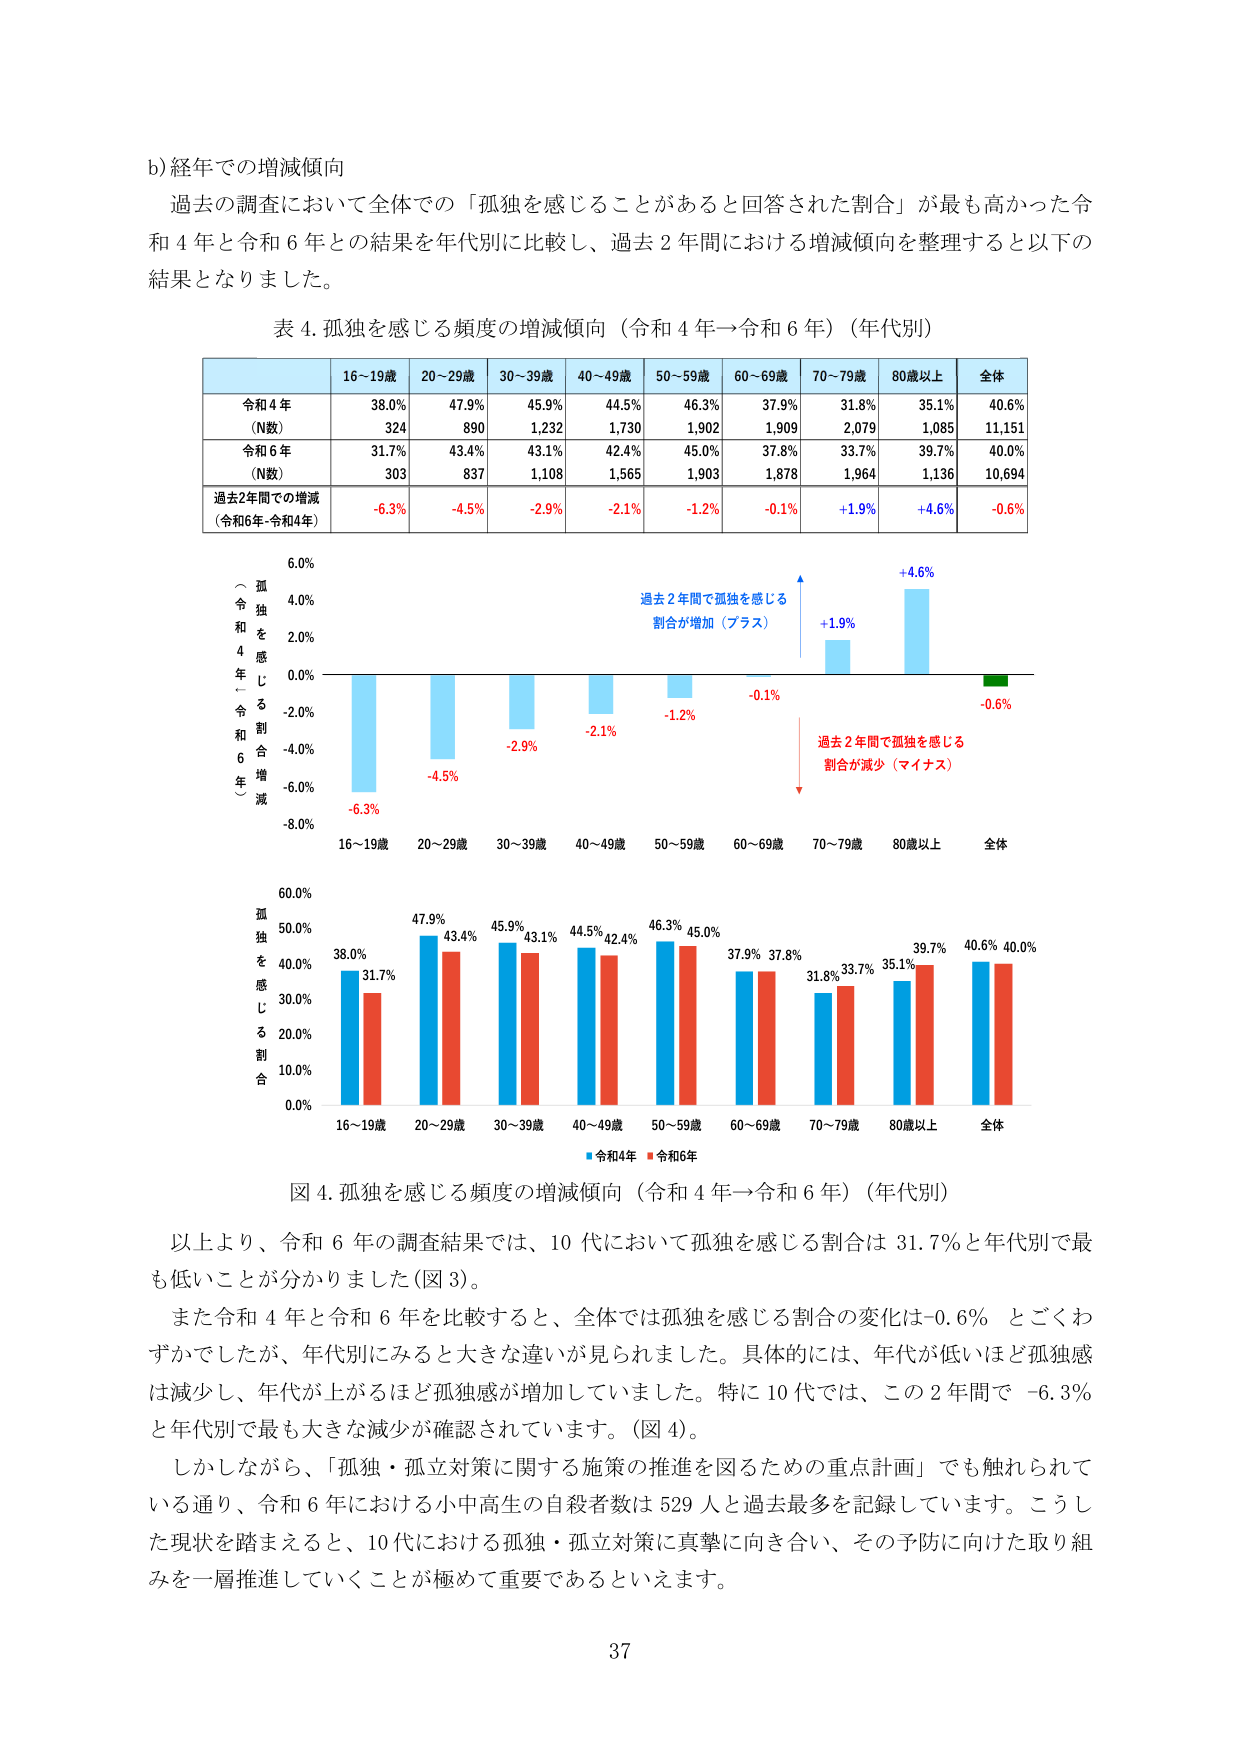
b) 経年での増減傾向
過去の調査において全体での「孤独を感じることがあると回答された割合」が最も高かった令和4年と令和6年との結果を年代別に比較し、過去2年間における増減傾向を整理すると以下の結果となりました。

表4. 孤独を感じる頻度の増減傾向（令和4年→令和6年）（年代別）

| | 16～19歳 | 20～29歳 | 30～39歳 | 40～49歳 | 50～59歳 | 60～69歳 | 70～79歳 | 80歳以上 | 全体 |
|---|---|---|---|---|---|---|---|---|---|
| 令和4年 (N数) | 38.0% 324 | 47.9% 890 | 45.9% 1,232 | 44.5% 1,730 | 46.3% 1,902 | 37.9% 1,909 | 31.8% 2,079 | 35.1% 1,085 | 40.6% 11,151 |
| 令和6年 (N数) | 31.7% 303 | 43.4% 837 | 43.1% 1,108 | 42.4% 1,565 | 45.0% 1,903 | 37.8% 1,878 | 33.7% 1,964 | 39.7% 1,136 | 40.0% 10,694 |
| 過去2年間での増減 (令和6年-令和4年) | -6.3% | -4.5% | -2.9% | -2.1% | -1.2% | -0.1% | +1.9% | +4.6% | -0.6% |

（孤独を感じる割合増減）
（令和4年→令和6年）

過去2年間で孤独を感じる割合が増加（プラス）
+4.6%
+1.9%
-0.6%
-0.1%
-1.2%
-2.1%
-2.9%
-4.5%
-6.3%

過去2年間で孤独を感じる割合が減少（マイナス）

16～19歳 20～29歳 30～39歳 40～49歳 50～59歳 60～69歳 70～79歳 80歳以上 全体

図4. 孤独を感じる頻度の増減傾向（令和4年→令和6年）（年代別）

孤独を感じる割合
60.0%
50.0%
40.0%
30.0%
20.0%
10.0%
0.0%

38.0% 31.7%
47.9% 43.4%
45.9% 43.1%
44.5% 42.4%
46.3% 45.0%
37.9% 37.8%
31.8% 33.7%
35.1% 39.7%
40.6% 40.0%

■ 令和4年 ■ 令和6年

16～19歳 20～29歳 30～39歳 40～49歳 50～59歳 60～69歳 70～79歳 80歳以上 全体

以上より、令和6年の調査結果では、10代において孤独を感じる割合は31.7%と年代別で最も低いことが分かりました（図3）。
また令和4年と令和6年を比較すると、全体では孤独を感じる割合の変化は-0.6%とごくわずかでしたが、年代別にみると大きな違いが見られました。具体的には、年代が低いほど孤独感は減少し、年代が上がるほど孤独感が増加していました。特に10代では、この2年間で-6.3%と年代別で最も大きな減少が確認されています。（図4）。
しかしながら、「孤独・孤立対策に関する施策の推進を図るための重点計画」でも触れられている通り、令和6年における小中高生の自殺者数は529人と過去最多を記録しています。こうした現状を踏まえると、10代における孤独・孤立対策に真摯に向き合い、その予防に向けた取り組みを一層推進していくことが極めて重要であるといえます。

37